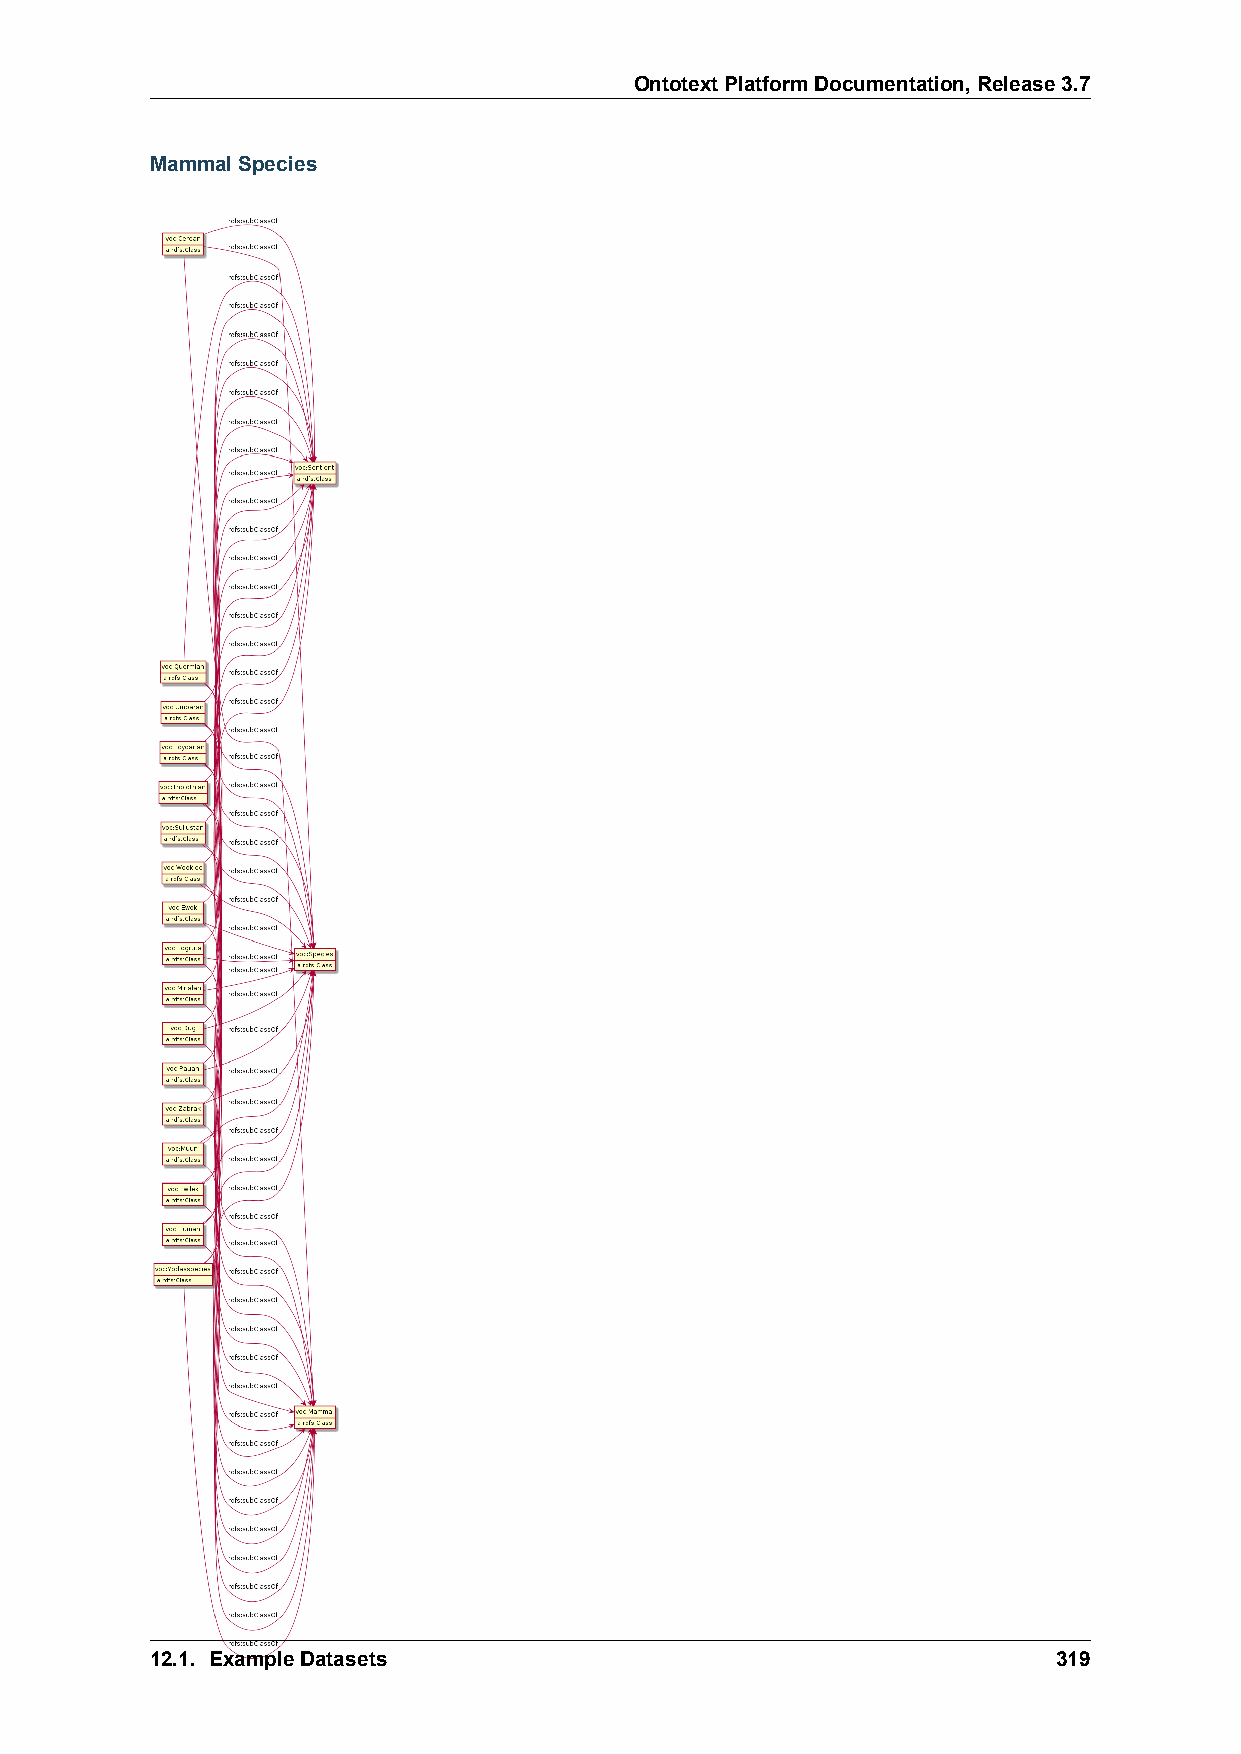
OntotextPlatformDocumentation,Release3.7
 MammalSpecies
 12.1. ExampleDatasets                                       319